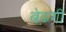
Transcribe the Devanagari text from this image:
बेढ़गी